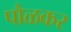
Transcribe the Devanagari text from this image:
पौळकर